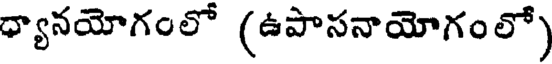
ధ్యానయోగంలో (ఉపాసనాయోగంలో)